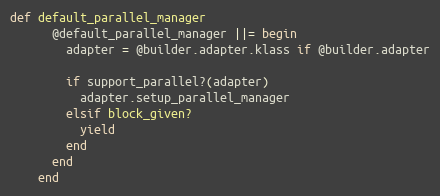
Language: Ruby
def default_parallel_manager
      @default_parallel_manager ||= begin
        adapter = @builder.adapter.klass if @builder.adapter

        if support_parallel?(adapter)
          adapter.setup_parallel_manager
        elsif block_given?
          yield
        end
      end
    end